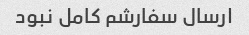
ارسال سفارشم کامل نبود